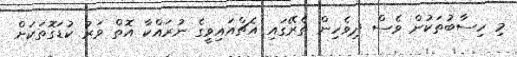
މި ހިސާބުތަކުން ވެސް ދިވެހިން ތެރޭގައި އެޗްއައިވީގެ ނުރައްކާ އޮތް ވަރު ކުޑަގޮތަކަށް